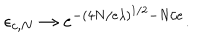
\epsilon _ { c , N } \rightarrow e ^ { - \left( 4 N / e \lambda \right) ^ { 1 / 2 } - N / e } .